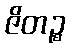
ဇိတဉ္စ